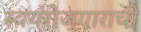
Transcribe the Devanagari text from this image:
स्वयंरोजगाराची